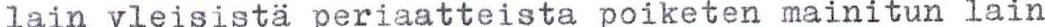
lain yleisistä periaatteista poiketen mainitun lain